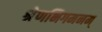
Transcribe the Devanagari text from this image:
श्रेणभिगमनम्